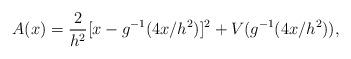
LaTeX: \begin{align*}A(x)={2\over h^2}[x-g^{-1}(4x/h^2)]^2+V(g^{-1}(4x/h^2)),\end{align*}